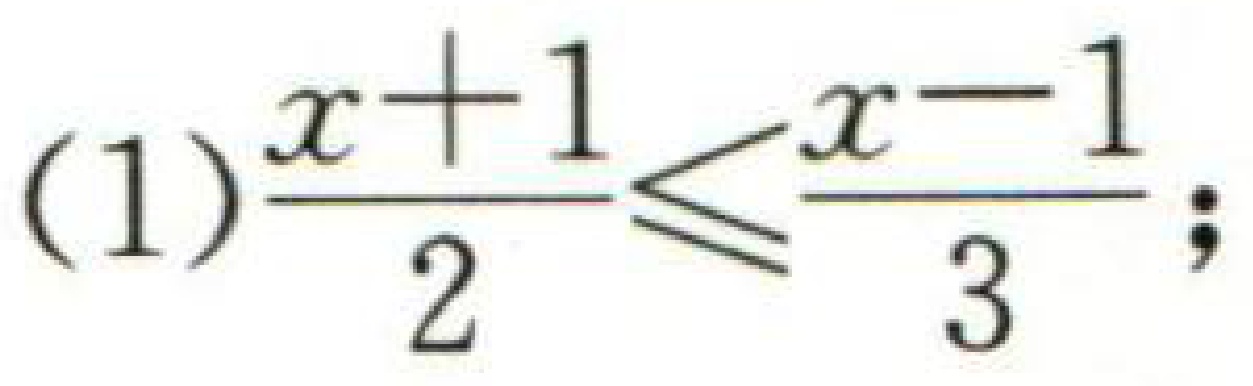
(1)\(\frac{x + 1}{2}\leq\frac{x - 1}{3}\);